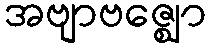
အဗျာဗဇ္ဈော